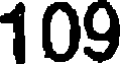
109